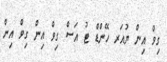
ގިވް އިން ޔުއަރ ހޭންޑް ޓު އަސް ގިވް އިން ގިވް އިން